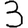
Digit: 3